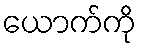
ယောက်ကို